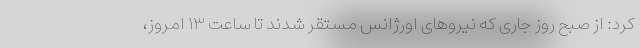
کرد: از صبح روز جاری که نیروهای اورژانس مستقر شدند تا ساعت ۱۳ امروز،